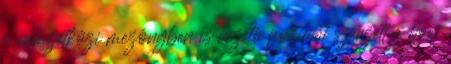
a nemzetközi mezônyben is vezetô pozíciót szerzett a flow